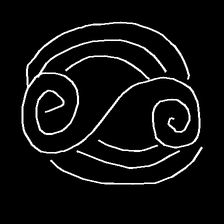
Glyph: wind-underfoot